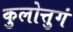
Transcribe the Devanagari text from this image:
कुलोत्तुगं